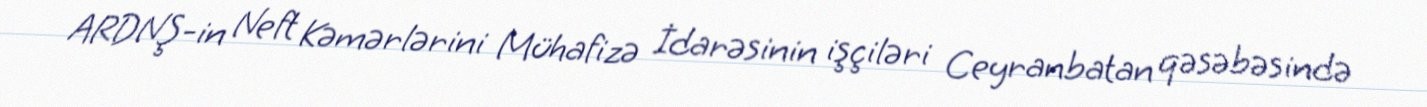
ARDNŞ-in Neft Kəmərlərini Mühafizə İdarəsinin işçiləri Ceyranbatan qəsəbəsində